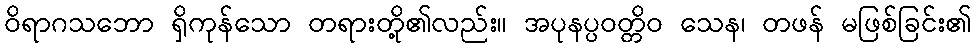
ဝိရာဂသဘော ရှိကုန်သော တရားတို့၏လည်း။ အပုနပ္ပဝတ္တိဝ သေန၊ တဖန် မဖြစ်ခြင်း၏